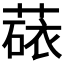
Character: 𬝻